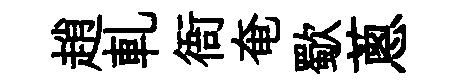
趙軋衙奄歜蔥